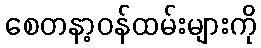
စေတနာ့ဝန်ထမ်းများကို